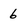
Character: 6